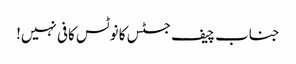
جناب چیف جسٹس کا نوٹس کافی نہیں!